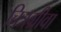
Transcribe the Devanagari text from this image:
चित्रग्रीवा